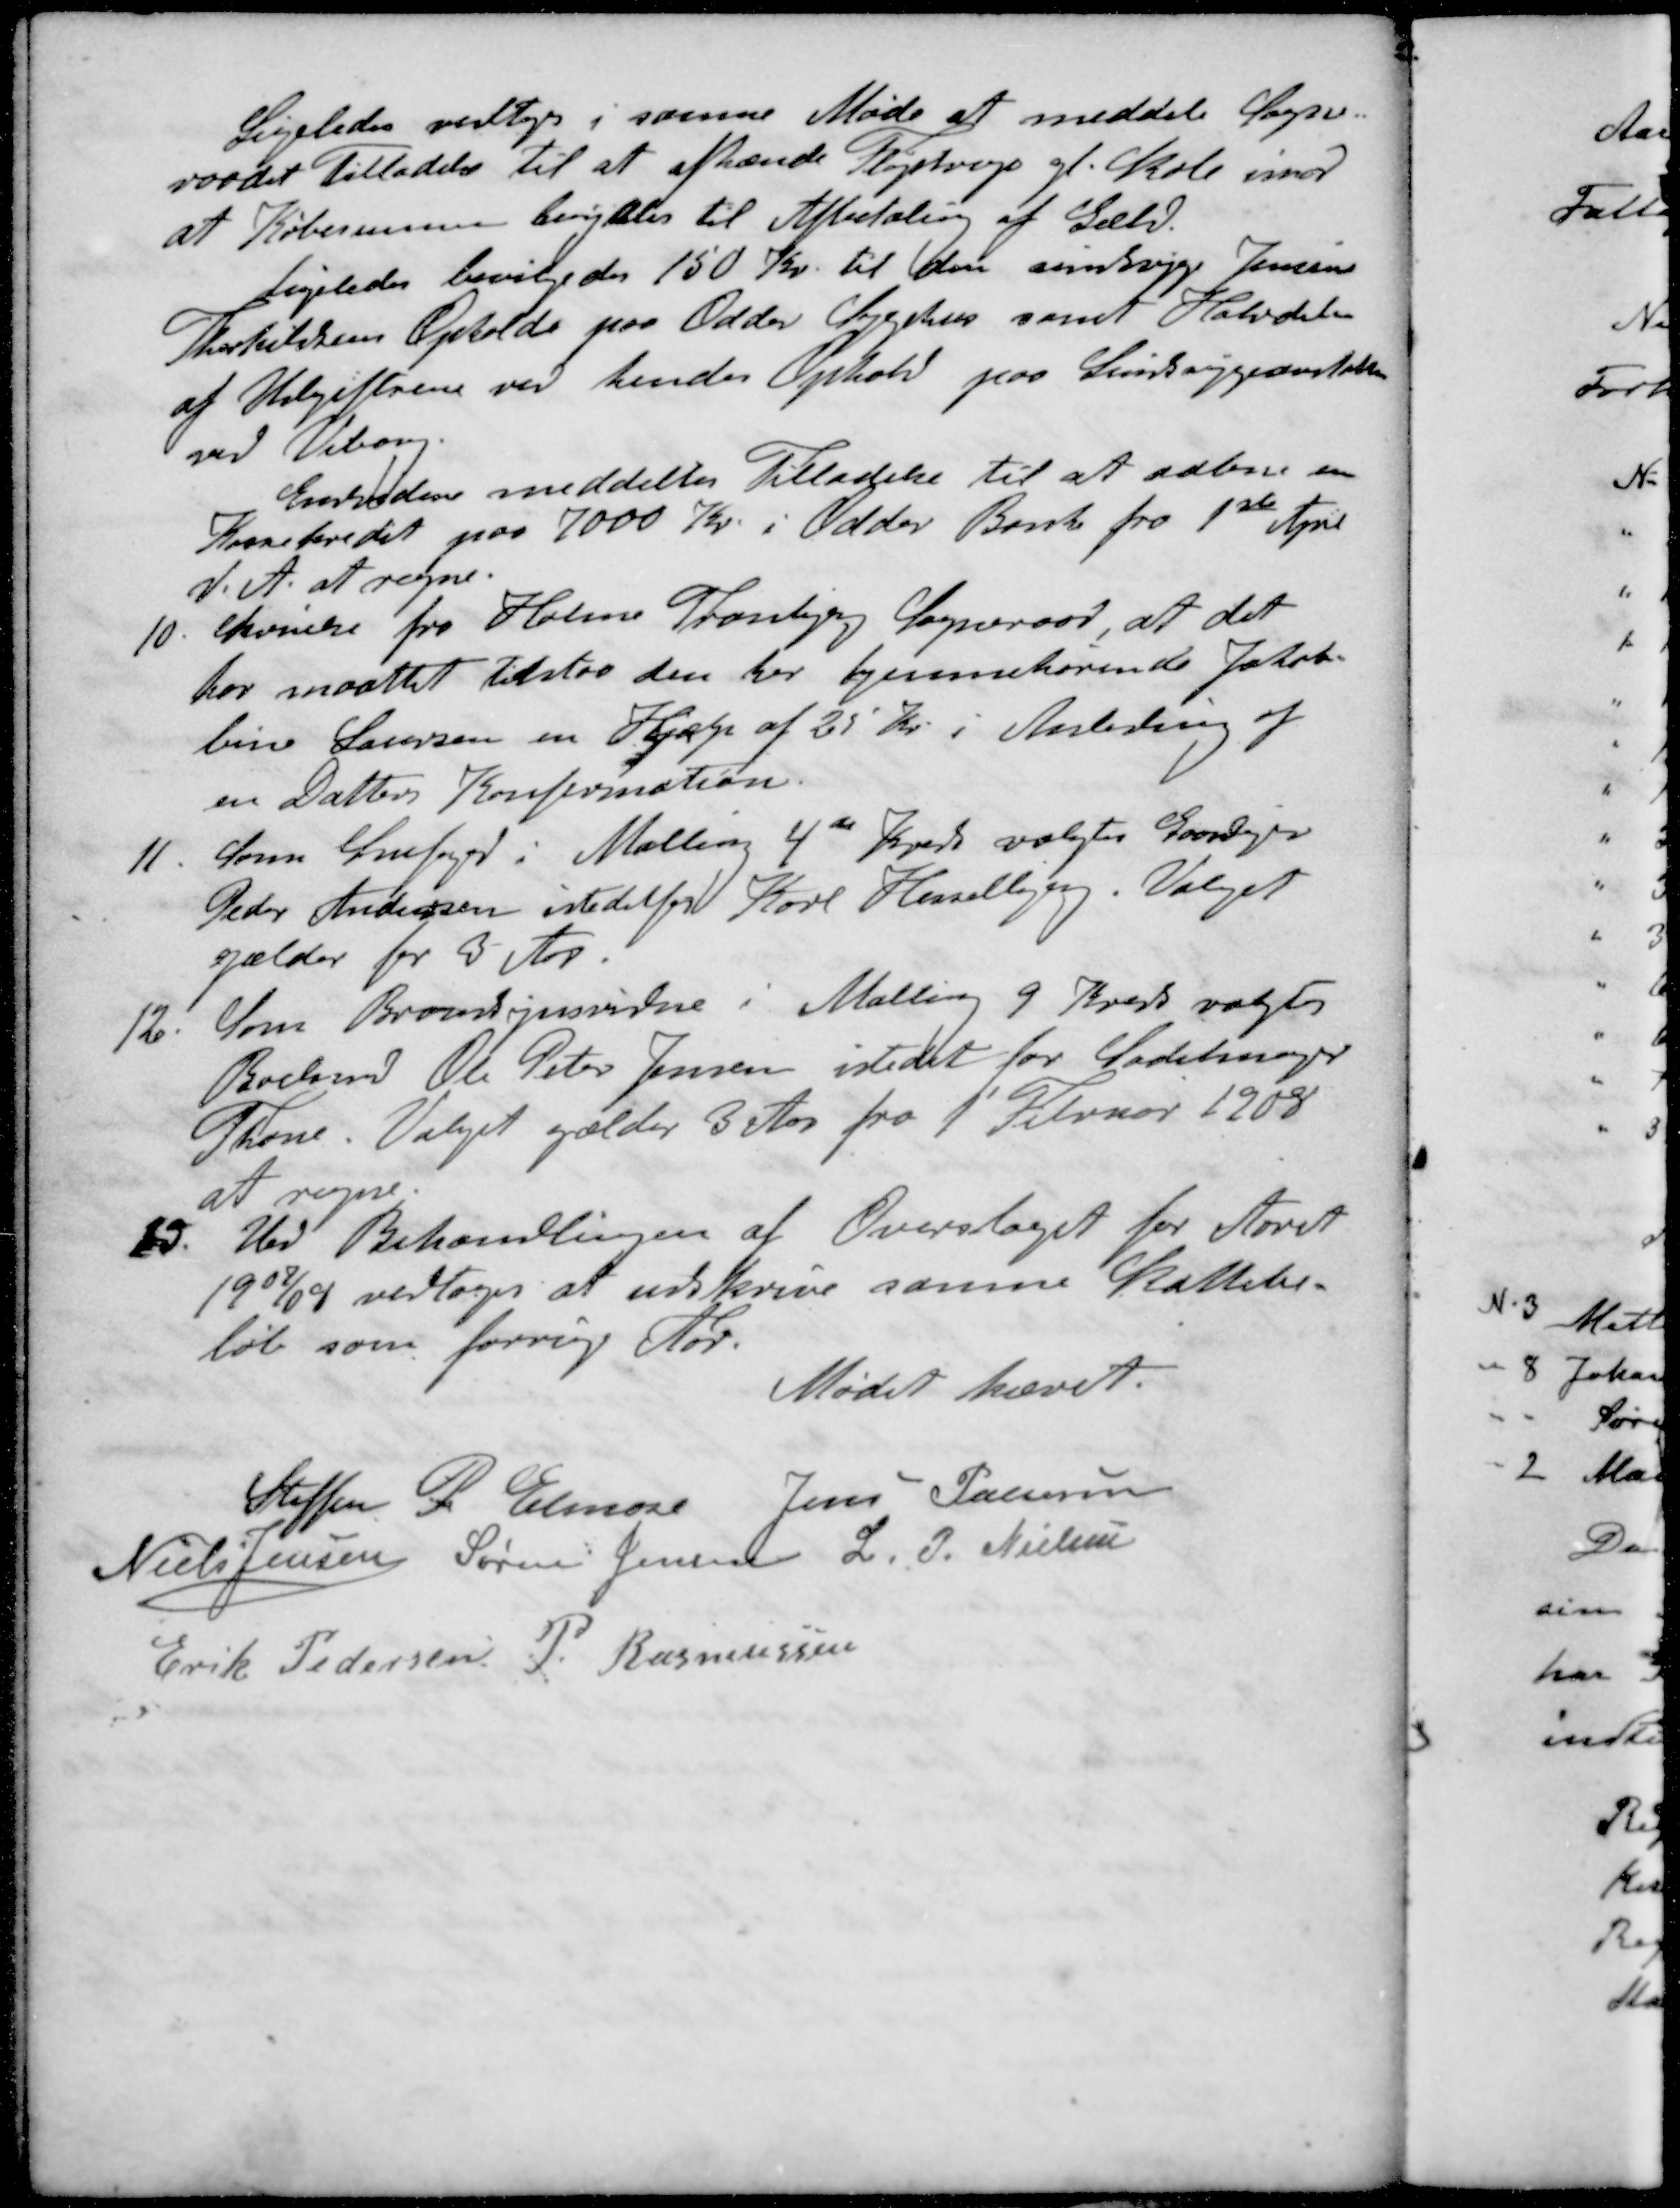
Transskription:
Ligeledes vedtoges i samme Møde at meddele Sogne-
raadet Tilladelse til at afhænde Fløjstrups gl. Skole imod
at Købesummen berigteles til Afbetaling af Gæld.
Ligeledes bevilgedes 150 Kr. til den sindsyge Jensine
Thorkildsens Ophold paa Odder Sygehus samt Halvdelen
af Udgiftrene ved hendes Ophold paa Sindssygeanstalten
ved Viborg.
Endvidere meddeltes Tilladelse til at aabne en
Kassekredit paa 7000 Kr. i Odder Bank fra 1ste April
d. A. at regne.
10. Skrivelse fra Holme Tranbjerg Sogneraad, at det
hor maattet tilstaa den her hjemmehørende Jakob-
bine Laursen en Hjælp af 25 Kr i Anledning af
en Datters Konfirmation.
11. Som Snefoged i Malling 4de Kreds valgtes Gaardejer
Peder Andersen istedetfor Karl Hesselbjerg. Valget
gælder for 3 Aar.
12. Som Brandsynsvidne i Malling 9 Kreds valgtes
Boelsmd Ole Peter Jensen istedet for Sadelmager
Thone. Valget gælder 3 Aar fra 1' Februar 1908
at regne.
13. Ved Behandlingen af Overslaget for Aaret
1908/09 vedtoges at udskrive samme Skattebe-
løb som forrige Aar
Mødet hævet.
Steffen P. Elmose
Jens Laursen
Niels Jensen
Søren Jensen
L. P. Nielsen
Erik Pedersen
P. Rasmussen